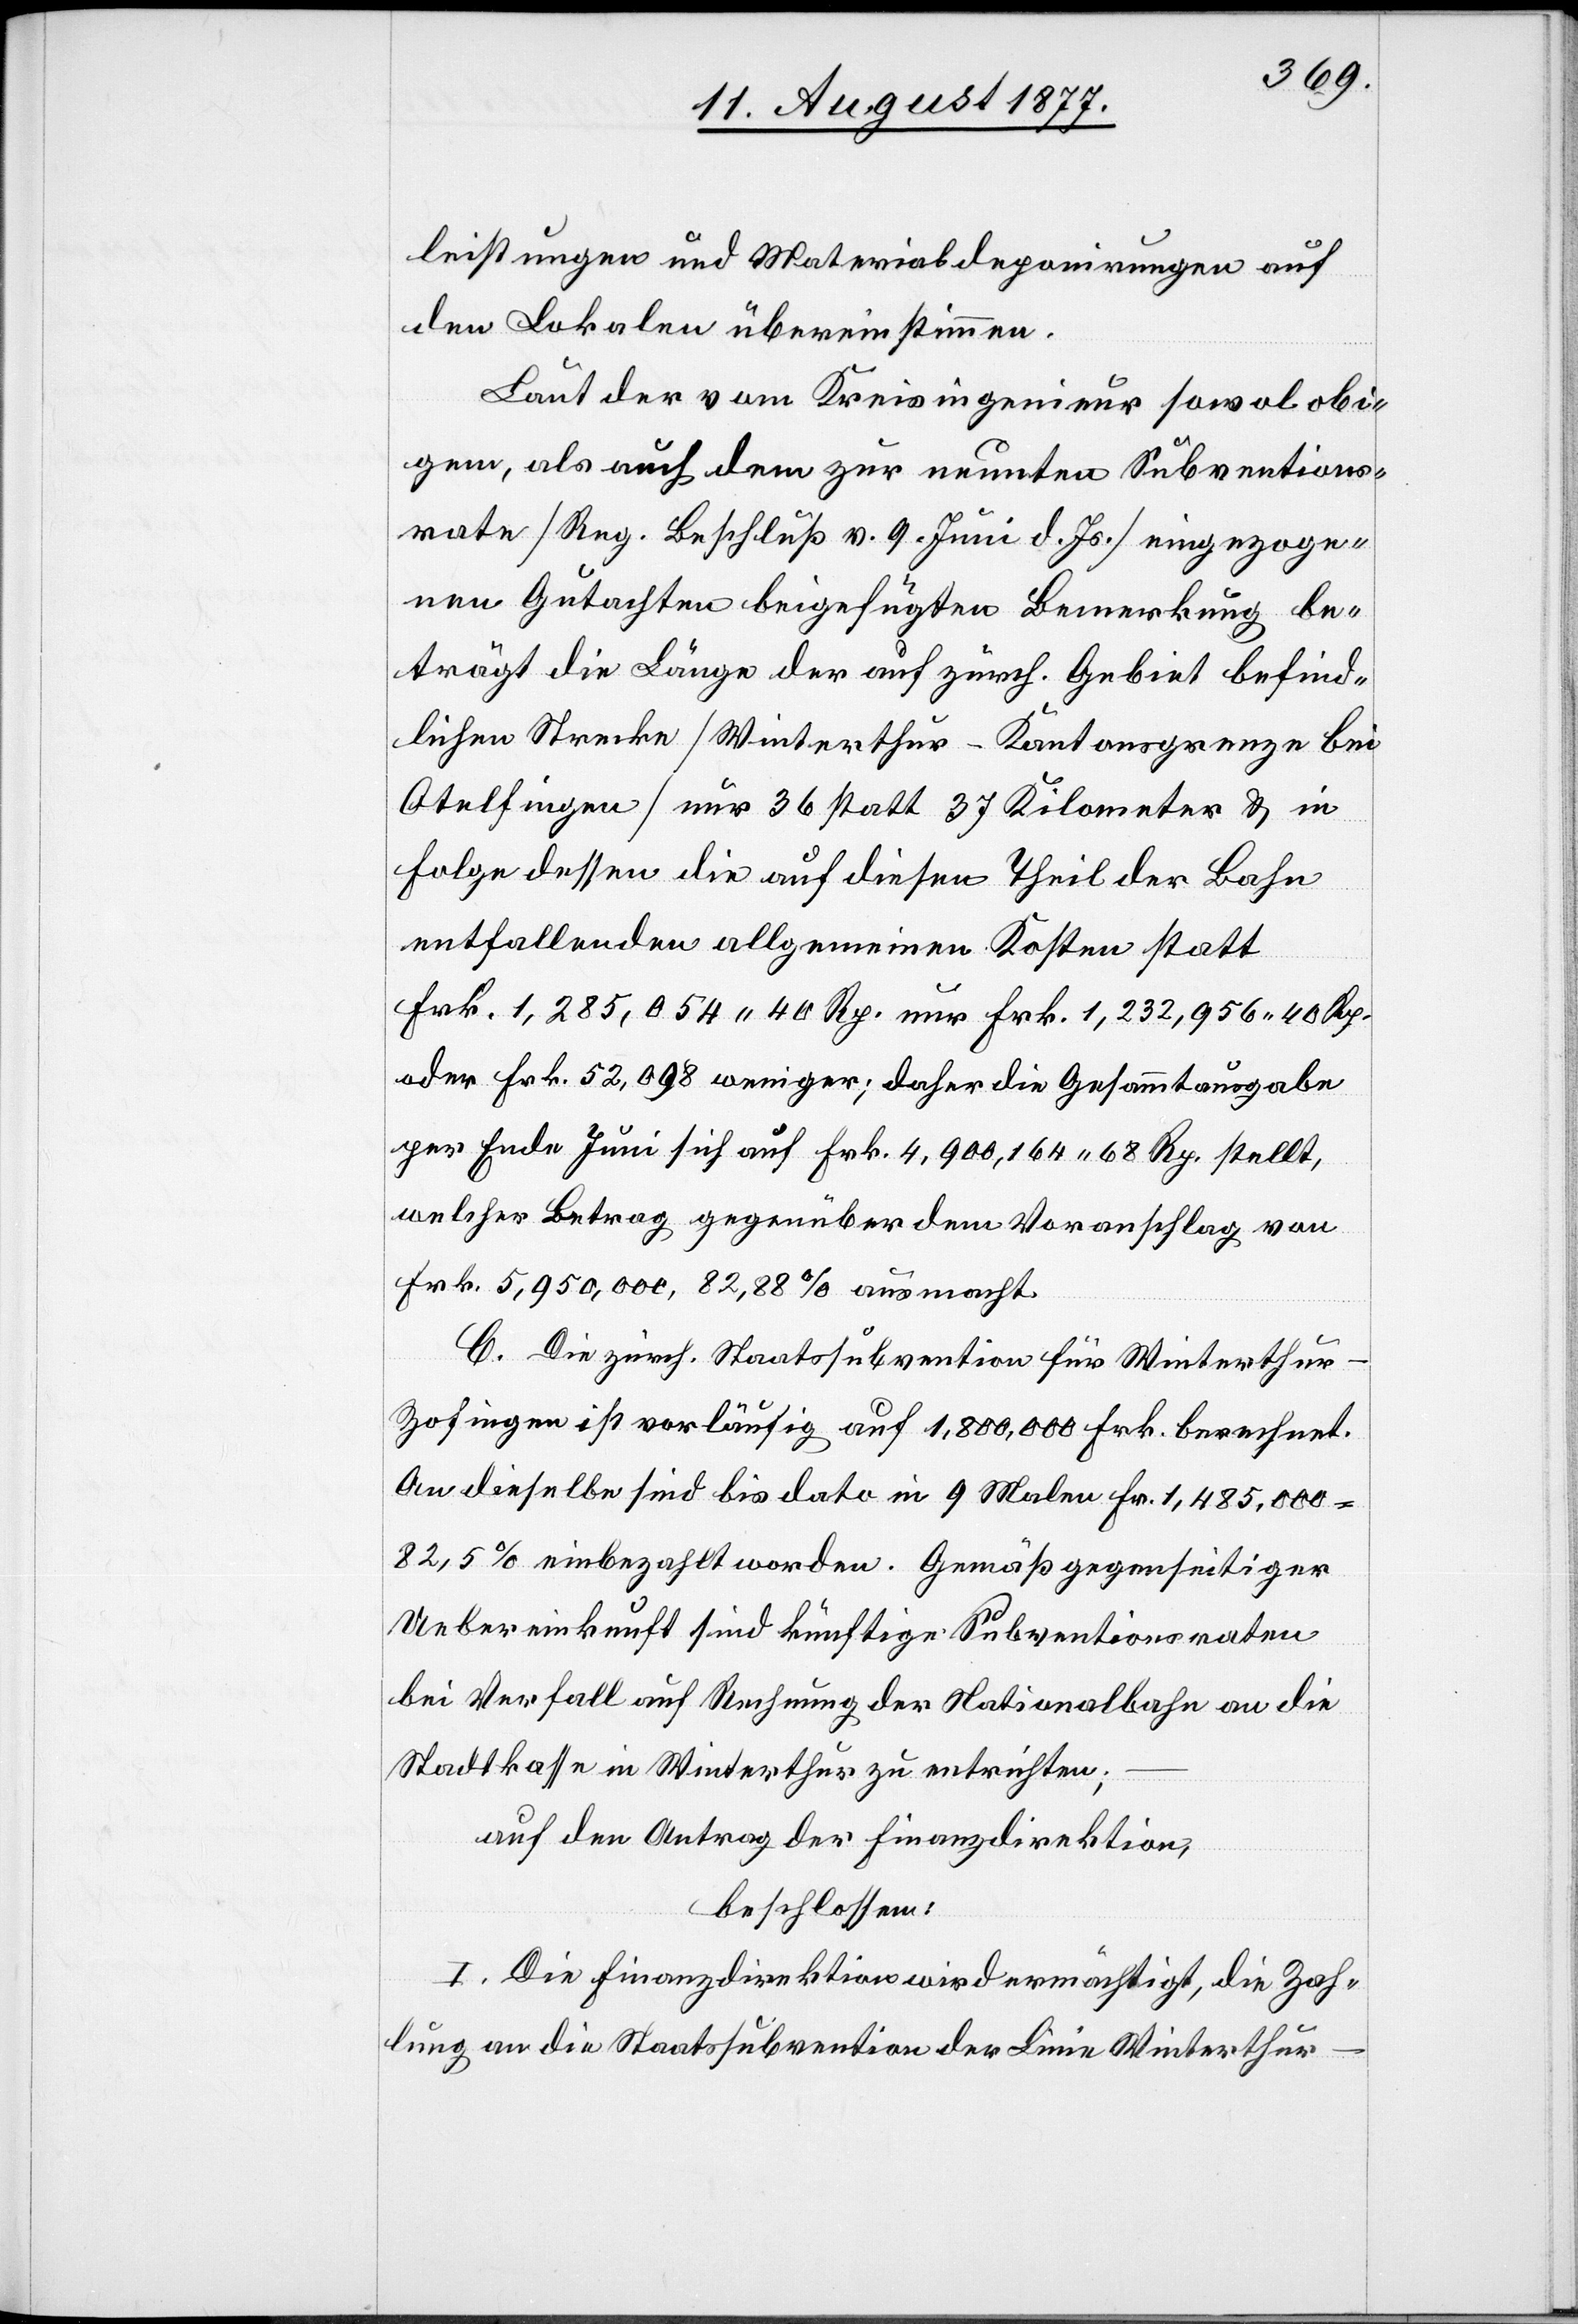
leistungen und Materialdeponirungen auf
den Lokalen übereinstimmen.
Laut der vom Kreisingenieur sowol obi¬
gem, als auch dem zur neunten Subventions¬
rate [Reg. Beschluß v. 9. Juni d. Js.] eingezoge¬
nen Gutachten beigefügten Bemerkung be¬
trägt die Länge der auf zürch. Gebiet befind¬
lichen Strecke [Winterthur–Kantonsgrenze bei
Otelfingen] nur 36 statt 37 Kilometer & in
Folge dessen die auf diesen Theil der Bahn
entfallenden allgemeinen Kosten statt
Frk. 1,285,054 40 Rp. nur Frk. 1,232,956 40 Rp.
oder Frk. 52,098 weniger; daher die Gesammtausgabe
per Ende Juni sich auf Frk. 4,900,164 68 Rp. stellt,
welcher Betrag gegenüber dem Voranschlag von
Frk. 5,950,000, 82,88% ausmacht.
C. Die zürch. Staatssubvention für Winterthu¬
r–Zofingen ist vorläufig auf 1,800,000 Frk. berechnet.
An dieselbe sind bis dato in 9 Malen Fr. 1,485,000
82,5% einbezahlt worden. Gemäß gegenseitiger
Uebereinkunft sind künftige Subventionsraten
bei Verfall auf Rechnung der Nationalbahn an die
Stadtkasse in Winterthur zu entrichten;
auf den Antrag der Finanzdirektion,
beschlossen:
I. Die Finanzdirektion wird ermächtigt, die Zah¬
lung an die Staatssubvention der Linie Winterthur–